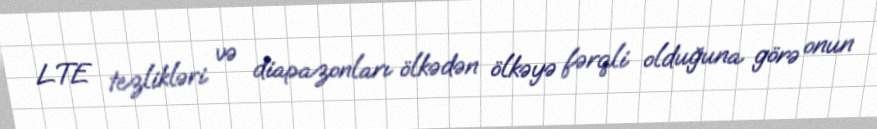
LTE tezlikləri və diapazonları ölkədən ölkəyə fərqli olduğuna görə onun